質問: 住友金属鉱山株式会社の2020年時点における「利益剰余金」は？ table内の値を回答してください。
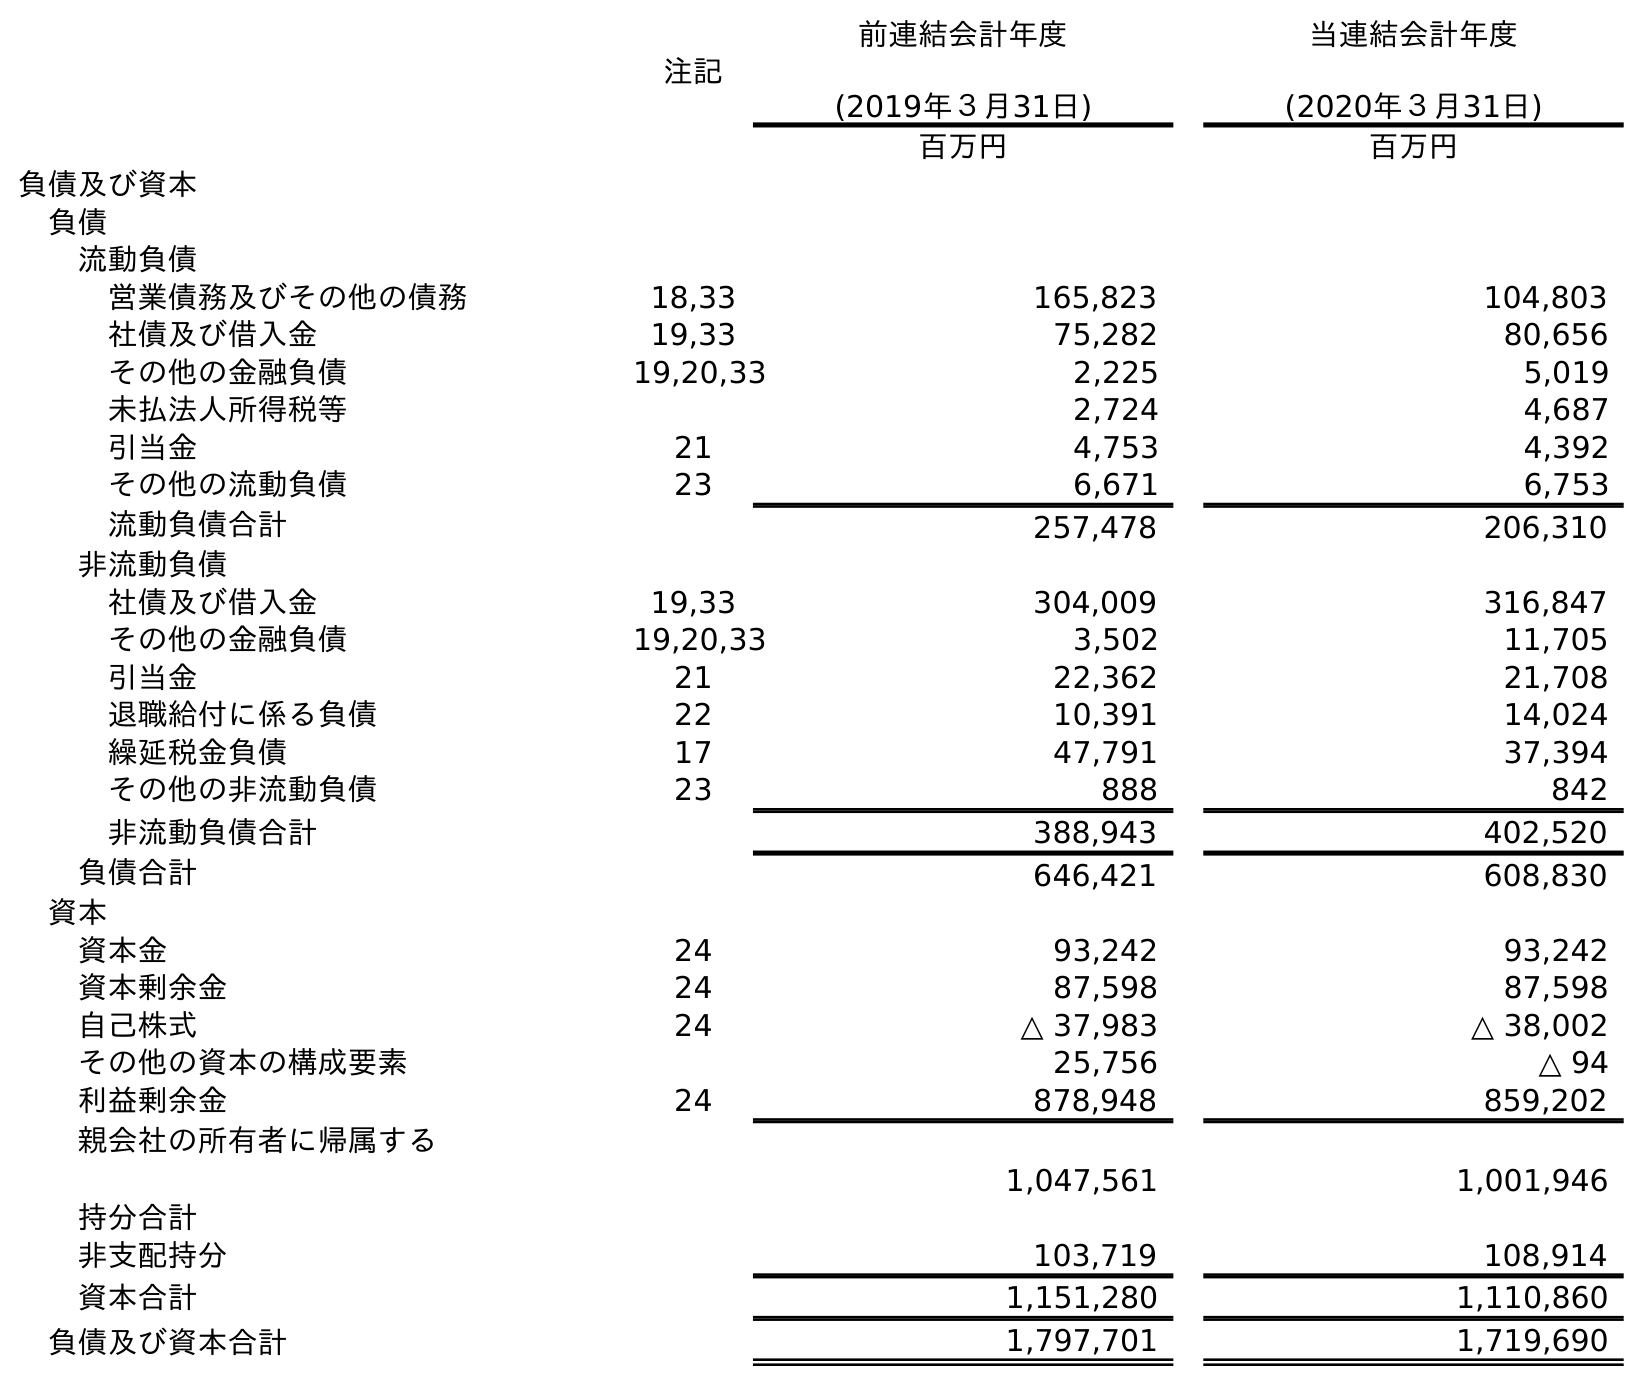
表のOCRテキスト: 注記 前連結会計年度 (2019年３月31日) 当連結会計年度 (2020年３月31日) 百万円 百万円 負債及び資本 負債 流動負債 営業債務及びその他の債務 18,33 165,823 104,803 社債及び借入金 19,33 75,282 80,656 その他の金融負債 19,20,33 2,225 5,019 未払法人所得税等 2,724 4,687 引当金 21 4,753 4,392 その他の流動負債 23 6,671 6,753 流動負債合計 257,478 206,310 非流動負債 社債及び借入金 19,33 304,009 316,847 その他の金融負債 19,20,33 3,502 11,705 引当金 21 22,362 21,708 退職給付に係る負債 22 10,391 14,024 繰延税金負債 17 47,791 37,394 その他の非流動負債 23 888 842 非流動負債合計 388,943 402,520 負債合計 646,421 608,830 資本 資本金 24 93,242 93,242 資本剰余金 24 87,598 87,598 自己株式 24 △ 37,983 △ 38,002 その他の資本の構成要素 25,756 △ 94 利益剰余金 24 878,948 859,202 親会社の所有者に帰属する 持分合計 1,047,561 1,001,946 非支配持分 103,719 108,914 資本合計 1,151,280 1,110,860 負債及び資本合計 1,797,701 1,719,690
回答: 859,202